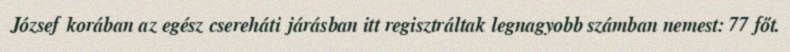
József korában az egész csereháti járásban itt regisztráltak legnagyobb számban nemest: 77 főt.